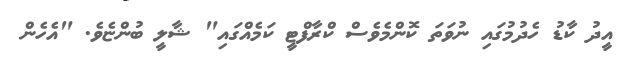
އީދު ކާޑު ހެދުމުގައި ނުވަތަ ކޮންމެވެސް ކްރާފްޓީ ކަމެއްގައި" ޝާލީ ބުންޏެވެ. "އެހެން